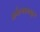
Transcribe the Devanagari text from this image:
जर्नल्समधून